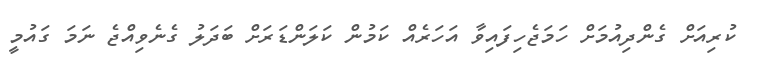
ކުރިއަށް ގެންދިއުމަށް ހަމަޖެހިފައިވާ އަހަރެއް ކަމުން ކަލަންޑަރަށް ބަދަލު ގެނެވިއްޖެ ނަމަ ގައުމީ